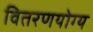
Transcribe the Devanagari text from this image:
वितरणयोग्य